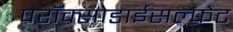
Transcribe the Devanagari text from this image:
परॉक्सोडाईसल्फेट